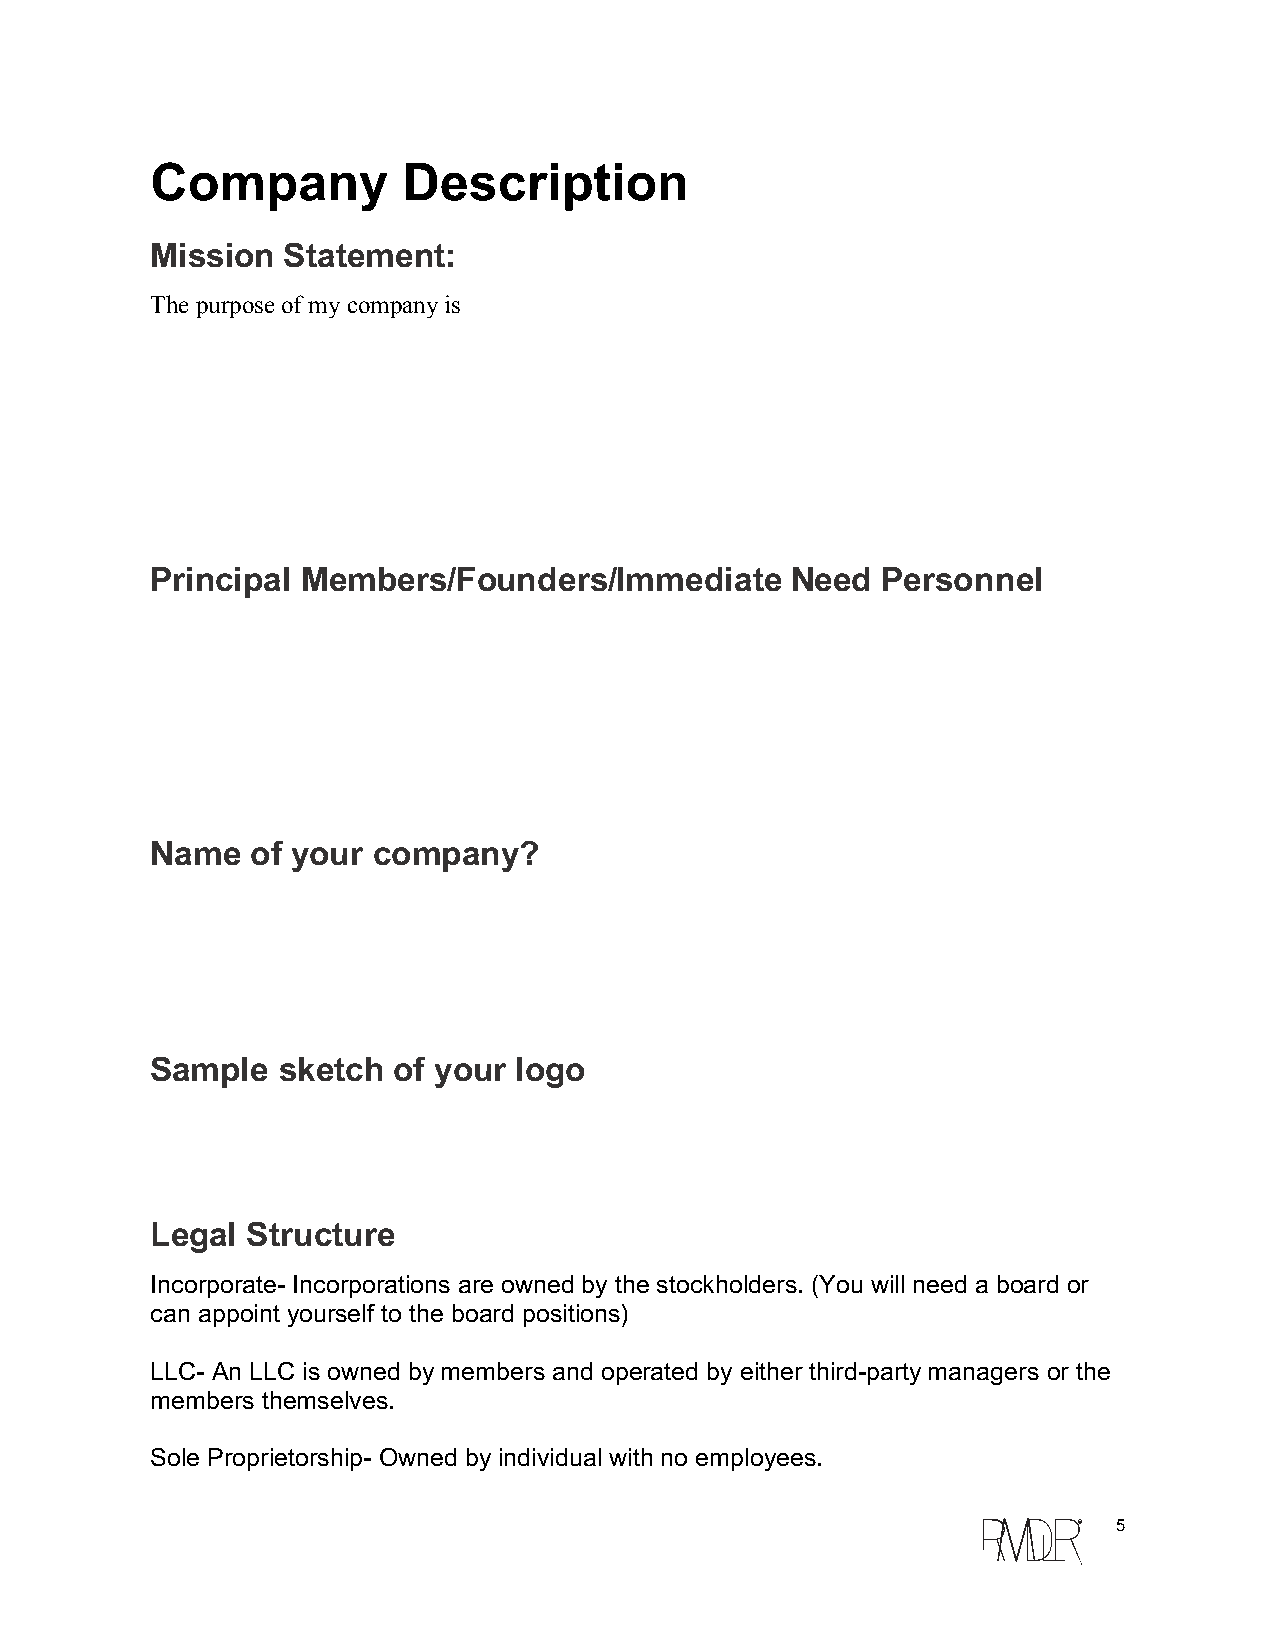
Company          Description
 Mission  Statement:
 The purpose of my company is
 Principal Members/Founders/Immediate      Need  Personnel
 Name   of your company?
 Sample  sketch  of your logo
 Legal Structure
 Incorporate-­ Incorporations are owned by the stockholders. (You will need a board or
 can appoint yourself to the board positions)
 LLC-­ An LLC is owned by members and operated by either third-­party managers or the
 members themselves.
 Sole Proprietorship-­ Owned by individual with no employees.
 c  5